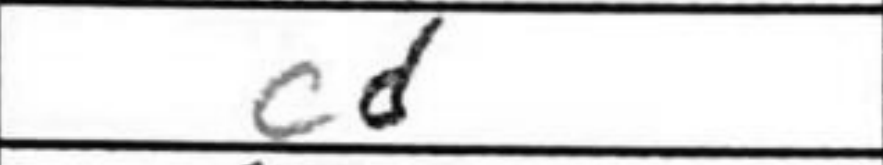
Transcription: cd